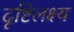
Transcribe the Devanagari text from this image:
दृष्टिलक्ष्य